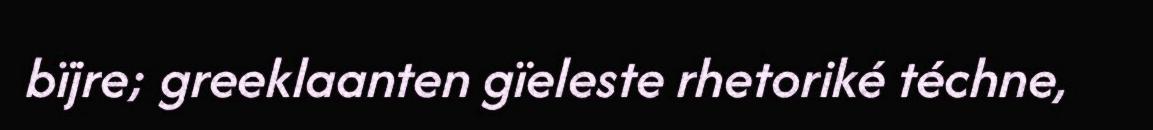
bïjre; greeklaanten gïeleste rhetoriké téchne,